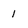
Character: 1